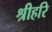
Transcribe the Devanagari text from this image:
श्रीहरि